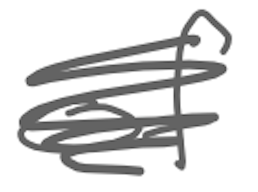
Text: of
Cross-out: scratch
Writing tool: digital_gray